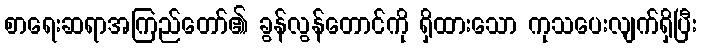
စာရေးဆရာအကြည်တော်၏ ခွန်လွန်တောင်ကို ရှိထားသော ကုသပေးလျက်ရှိပြီး